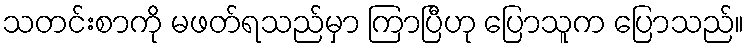
သတင်းစာကို မဖတ်ရသည်မှာ ကြာပြီဟု ပြောသူက ပြောသည်။